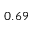
0 . 6 9